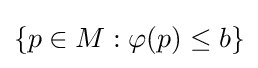
\{p\in M:\varphi (p)\leq b\}